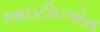
આઇટીઇએસ